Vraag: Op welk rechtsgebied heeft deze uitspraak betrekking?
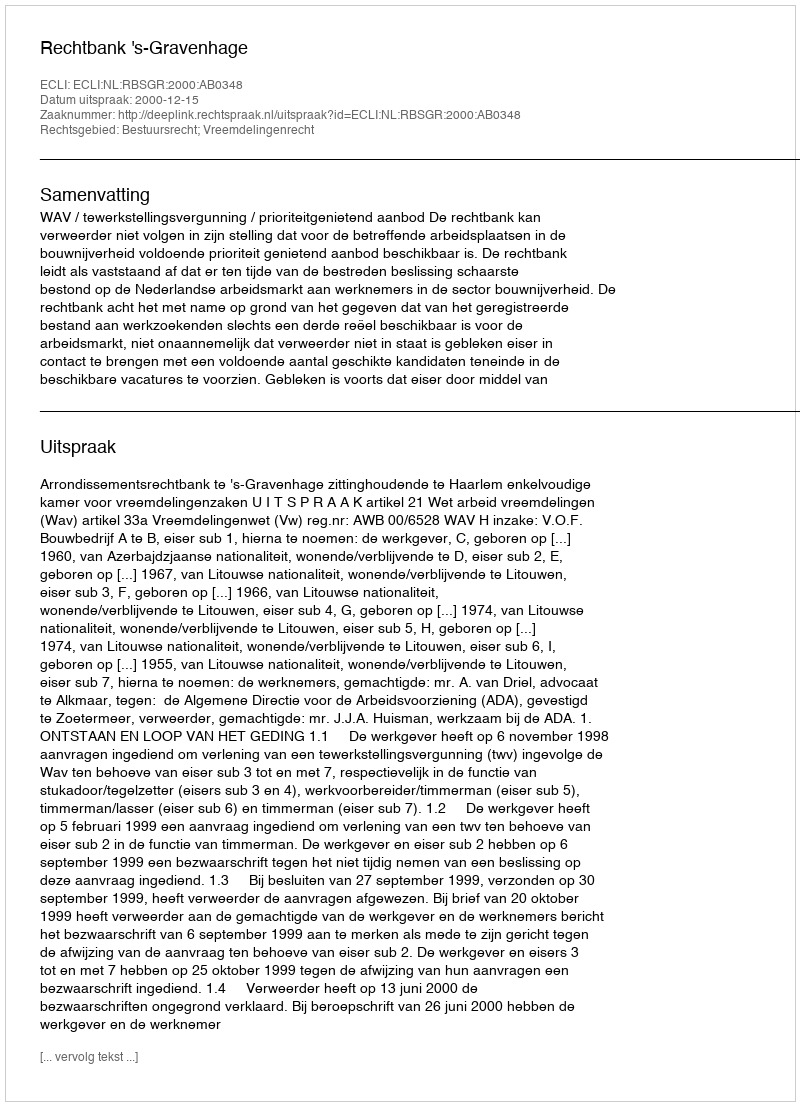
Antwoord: Bestuursrecht; Vreemdelingenrecht